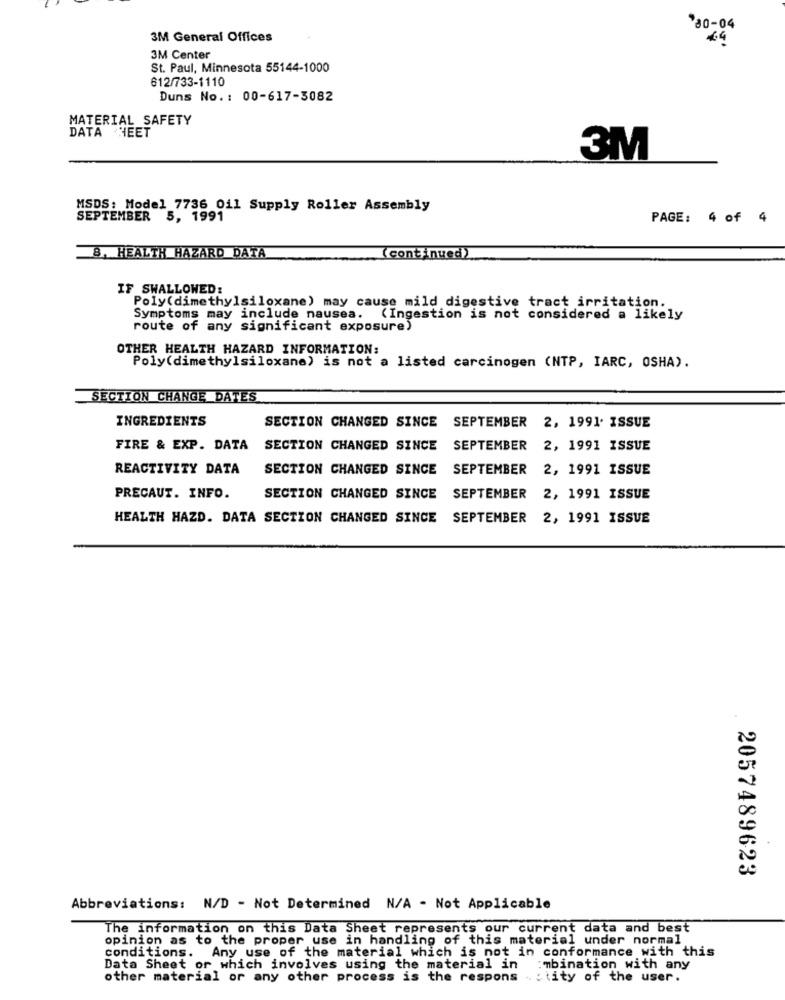
*80-04
3M General Offices
4.4
3M Center
St. Paul, Minnesota 55144-1000
612/733-1110
Duns No. : 00-617-3082
MATERIAL SAFETY
DATA HEET
3M
MSDS: Model 7736 Oil Supply Roller Assembly
SEPTEMBER 5, 1991
PAGE: 4 of 4
8, HEALTH HAZARD DATA
(continued)
IF SWALLOWED:
Poly(dimethylsiloxane) may cause mild digestive tract irritation.
Symptoms may include nausea. (Ingestion is not considered a likely
route of any significant exposure)
OTHER HEALTH HAZARD INFORMATION:
Poly(dimethylsiloxane) is not a listed carcinogen (NTP, IARC, OSHA).
SECTION CHANGE DATES
INGREDIENTS
SECTION CHANGED SINCE SEPTEMBER 2, 1991. ISSUE
FIRE & EXP. DATA
SECTION CHANGED SINCE SEPTEMBER 2, 1991 ISSUE
REACTIVITY DATA
SECTION CHANGED SINCE SEPTEMBER 2, 1991 ISSUE
PRECAUT. INFO.
SECTION CHANGED SINCE SEPTEMBER 2, 1991 ISSUE
HEALTH HAZD. DATA SECTION CHANGED SINCE SEPTEMBER 2, 1991 ISSUE
2057489623
Abbreviations: N/D - Not Determined N/A - Not Applicable
The information on this Data Sheet represents our current data and best
opinion as to the proper use in handling of this material under normal
conditions. Any use of the material which is not in conformance with this
Data Sheet or which involves using the material in
:"bination with any
other material or any other process is the respons
tity of the user.